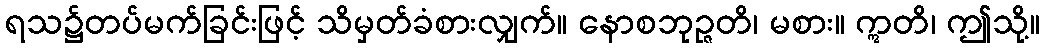
ရသ၌တပ်မက်ခြင်းဖြင့် သိမှတ်ခံစားလျှက်။ နောစဘုဉ္ဇတိ၊ မစား။ ဣတိ၊ ဤသို့။